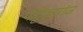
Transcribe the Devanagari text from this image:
पट्टिकागंज